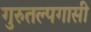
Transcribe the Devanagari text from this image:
गुरुतल्पगासी